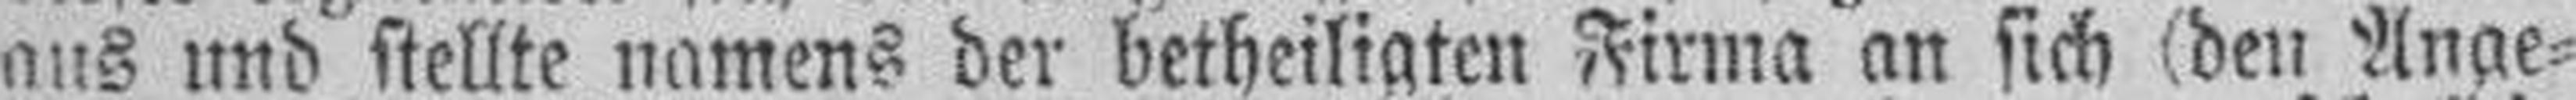
aus und stellte namens der betheiligten Firma an sich (den Ange¬